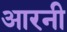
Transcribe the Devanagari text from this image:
आरनी